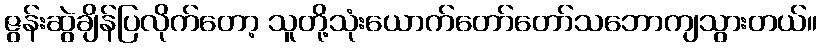
ဇွန်းဆွဲချိန်ပြလိုက်တော့ သူတို့သုံးယောက်တော်တော်သဘောကျသွားတယ်။